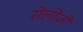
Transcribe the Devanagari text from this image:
रोलोजी